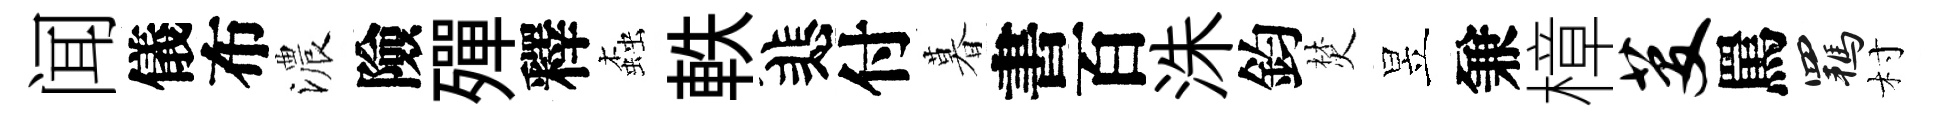
闻儀布濃險殫釋螙軼悲付暮書百洙鈞焚昱兼樟芟罵羈村